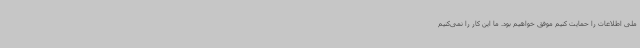
ملی اطلاعات را حمایت کنیم موفق خواهیم بود. ما این کار را نمی‌کنیم